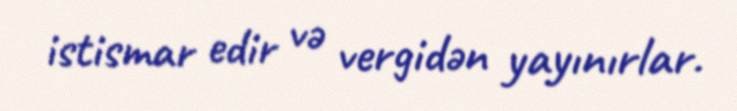
istismar edir və vergidən yayınırlar.